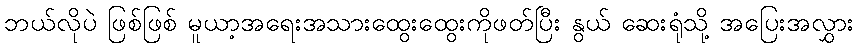
ဘယ်လိုပဲ ဖြစ်ဖြစ် မူယာ့အရေးအသားထွေးထွေးကိုဖတ်ပြီး နွယ် ဆေးရုံသို့ အပြေးအလွှား